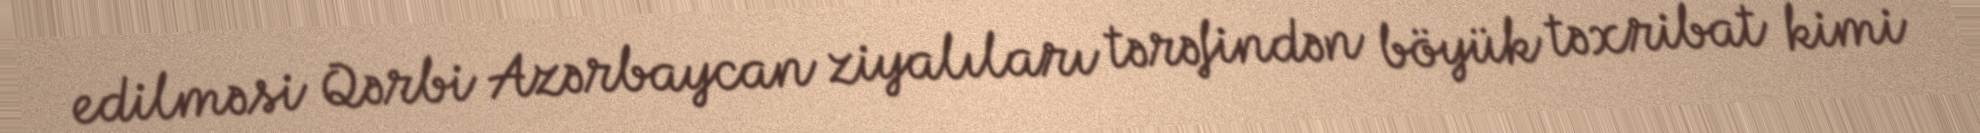
edilməsi Qərbi Azərbaycan ziyalıları tərəfindən böyük təxribat kimi